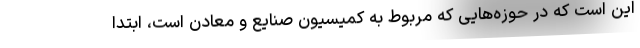
این است که در حوزه‌هایی که مربوط به کمیسیون صنایع و معادن است، ابتدا